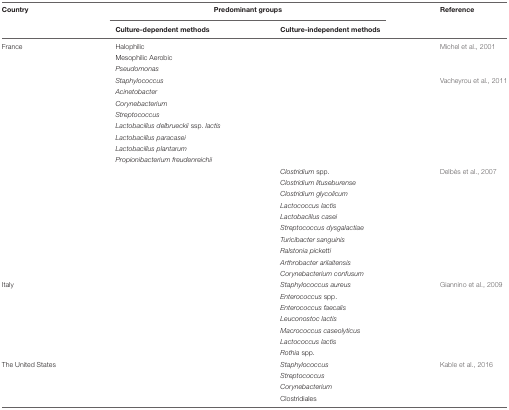
<table><thead><tr><td><b>Country</b></td><td colspan="2"><b>Predominant groups</b></td><td><b>Reference</b></td></tr><tr><td></td><td><b>Culture-dependent methods</b></td><td><b>Culture-independent methods</b></td><td></td></tr></thead><tbody><tr><td>France</td><td>Halophilic</td><td></td><td>Michel et al., 2001</td></tr><tr><td></td><td>Mesophilic Aerobic</td><td></td><td></td></tr><tr><td></td><td><i>Pseudomonas</i></td><td></td><td></td></tr><tr><td></td><td><i>Staphylococcus</i></td><td></td><td>Vacheyrou et al., 2011</td></tr><tr><td></td><td><i>Acinetobacter</i></td><td></td><td></td></tr><tr><td></td><td><i>Corynebacterium</i></td><td></td><td></td></tr><tr><td></td><td><i>Streptococcus</i></td><td></td><td></td></tr><tr><td></td><td><i>Lactobacillus delbrueckii</i> ssp. <i>lactis</i></td><td></td><td></td></tr><tr><td></td><td><i>Lactobacillus paracasei</i></td><td></td><td></td></tr><tr><td></td><td><i>Lactobacillus plantarum</i></td><td></td><td></td></tr><tr><td></td><td><i>Propionibacterium freudenreichii</i></td><td></td><td></td></tr><tr><td></td><td></td><td><i>Clostridium</i> spp.</td><td>Delbès et al., 2007</td></tr><tr><td></td><td></td><td><i>Clostridium lituseburense</i></td><td></td></tr><tr><td></td><td></td><td><i>Clostridium glycolicum</i></td><td></td></tr><tr><td></td><td></td><td><i>Lactococcus lactis</i></td><td></td></tr><tr><td></td><td></td><td><i>Lactobacillus casei</i></td><td></td></tr><tr><td></td><td></td><td><i>Streptococcus dysgalactiae</i></td><td></td></tr><tr><td></td><td></td><td><i>Turicibacter sanguinis</i></td><td></td></tr><tr><td></td><td></td><td><i>Ralstonia picketti</i></td><td></td></tr><tr><td></td><td></td><td><i>Arthrobacter arilaitensis</i></td><td></td></tr><tr><td></td><td></td><td><i>Corynebacterium confusum</i></td><td></td></tr><tr><td>Italy</td><td></td><td><i>Staphylococcus aureus</i></td><td>Giannino et al., 2009</td></tr><tr><td></td><td></td><td><i>Enterococcus</i> spp.</td><td></td></tr><tr><td></td><td></td><td><i>Enterococcus faecalis</i></td><td></td></tr><tr><td></td><td></td><td><i>Leuconostoc lactis</i></td><td></td></tr><tr><td></td><td></td><td><i>Macrococcus caseolyticus</i></td><td></td></tr><tr><td></td><td></td><td><i>Lactococcus lactis</i></td><td></td></tr><tr><td></td><td></td><td><i>Rothia</i> spp.</td><td></td></tr><tr><td>The United States</td><td></td><td><i>Staphylococcus</i></td><td>Kable et al., 2016</td></tr><tr><td></td><td></td><td><i>Streptococcus</i></td><td></td></tr><tr><td></td><td></td><td><i>Corynebacterium</i></td><td></td></tr><tr><td></td><td></td><td>Clostridiales</td><td></td></tr></tbody></table>